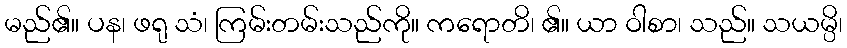
မည်၏။ ပန၊ ဖရု သံ၊ ကြမ်းတမ်းသည်ကို။ ကရောတိ၊ ၏။ ယာ ဝါစာ၊ သည်။ သယမ္ပိ၊